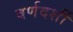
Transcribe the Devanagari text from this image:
वर्णदर्शी